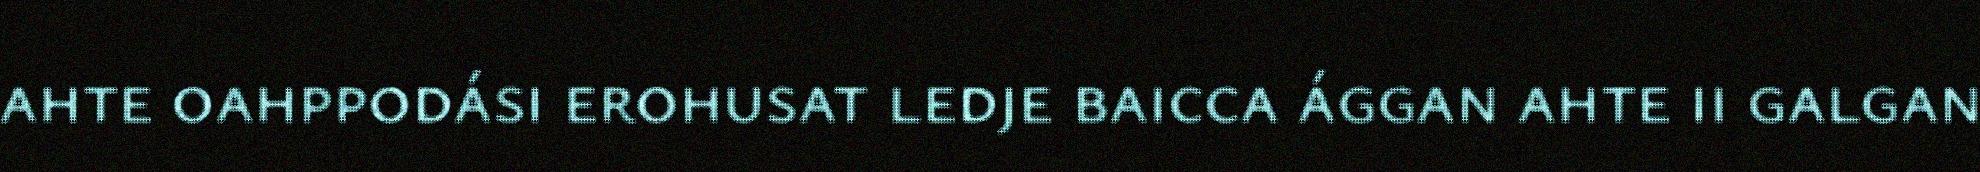
ahte oahppodási erohusat ledje baicca ággan ahte ii galgan